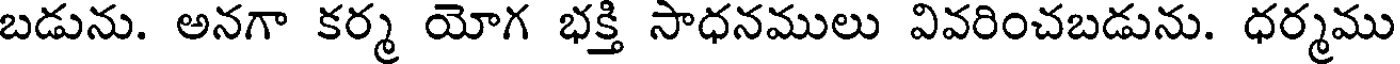
బడును. అనగా కర్మ యోగ భక్తి సాధనములు వివరించబడును. ధర్మము